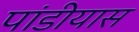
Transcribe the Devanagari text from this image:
पांडीयास